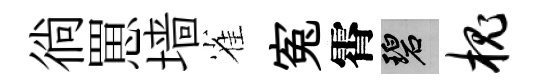
徜罳墙雀寃霄碧槐